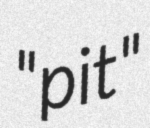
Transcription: "pit"